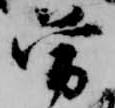
曾